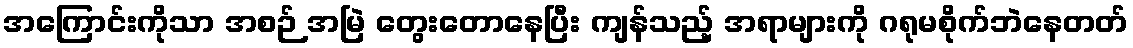
အကြောင်းကိုသာ အစဉ် အမြဲ တွေးတောနေပြီး ကျန်သည့် အရာများကို ဂရုမစိုက်ဘဲနေတတ်